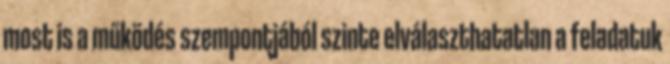
most is a működés szempontjából szinte elválaszthatatlan a feladatuk